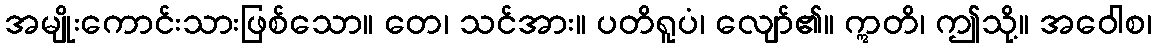
အမျိုးကောင်းသားဖြစ်သော။ တေ၊ သင်အား။ ပတိရူပံ၊ လျော်၏။ ဣတိ၊ ဤသို့။ အဝေါစ၊